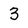
Character: 3